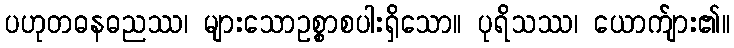
ပဟုတဓနဓညဿ၊ များသောဥစ္စာစပါးရှိသော။ ပုရိသဿ၊ ယောက်ျား၏။